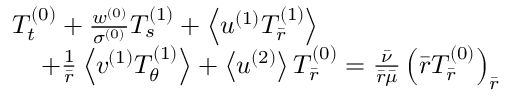
\begin{array} { r } { T _ { t } ^ { ( 0 ) } + \frac { w ^ { ( 0 ) } } { \sigma ^ { ( 0 ) } } T _ { s } ^ { ( 1 ) } + \left< u ^ { ( 1 ) } T _ { \bar { r } } ^ { ( 1 ) } \right> \quad \quad \quad \quad \quad \quad \quad } \\ { + \frac { 1 } { \bar { r } } \left< v ^ { ( 1 ) } T _ { \theta } ^ { ( 1 ) } \right> + \left< u ^ { ( 2 ) } \right> T _ { \bar { r } } ^ { ( 0 ) } = \frac { \bar { \nu } } { \bar { r } \bar { \mu } } \left( \bar { r } T _ { \bar { r } } ^ { ( 0 ) } \right) _ { \bar { r } } } \end{array}